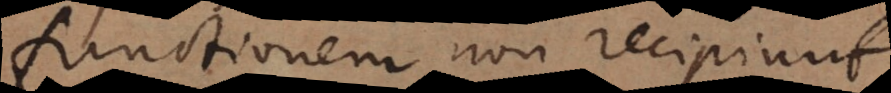
functionem non recipiunt.